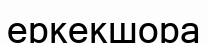
еркекшора